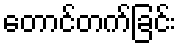
တောင်တက်ခြင်း